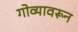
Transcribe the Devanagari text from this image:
गोव्यावरून